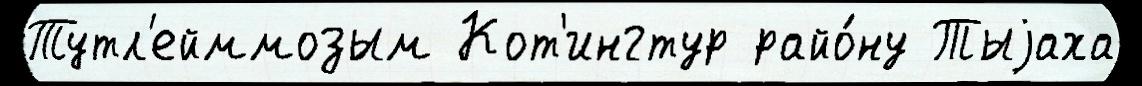
Тутл'ейммозым Кот'ингтур райо́ну Тыjаха